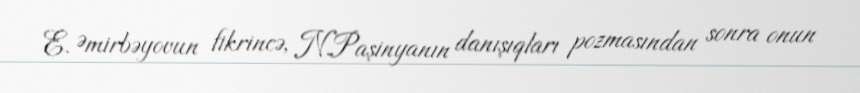
E. Əmirbəyovun fikrincə, N.Paşinyanın danışıqları pozmasından sonra onun